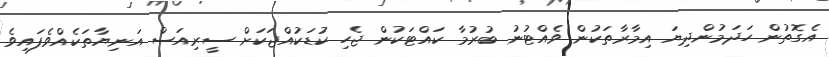
އެގޮތުން ހަދަމުންދިޔަ އިމާރާތަކުން ވެއްޓުނު ބުރުމާ ކައްޓަކުން ޖެހި ކުޑަކުއްޖަކަށް ސީރިއަސް އަނިޔާތަކެއްވެފައިވެ